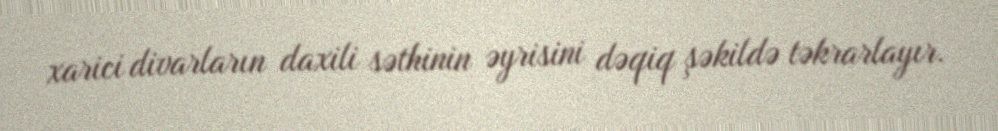
xarici divarların daxili səthinin əyrisini dəqiq şəkildə təkrarlayır.